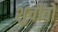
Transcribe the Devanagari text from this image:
शुचीवो